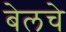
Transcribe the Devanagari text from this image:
बेलचे